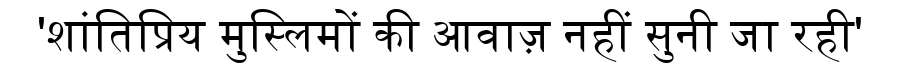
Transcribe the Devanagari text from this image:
'शांतिप्रिय मुस्लिमों की आवाज़ नहीं सुनी जा रही'